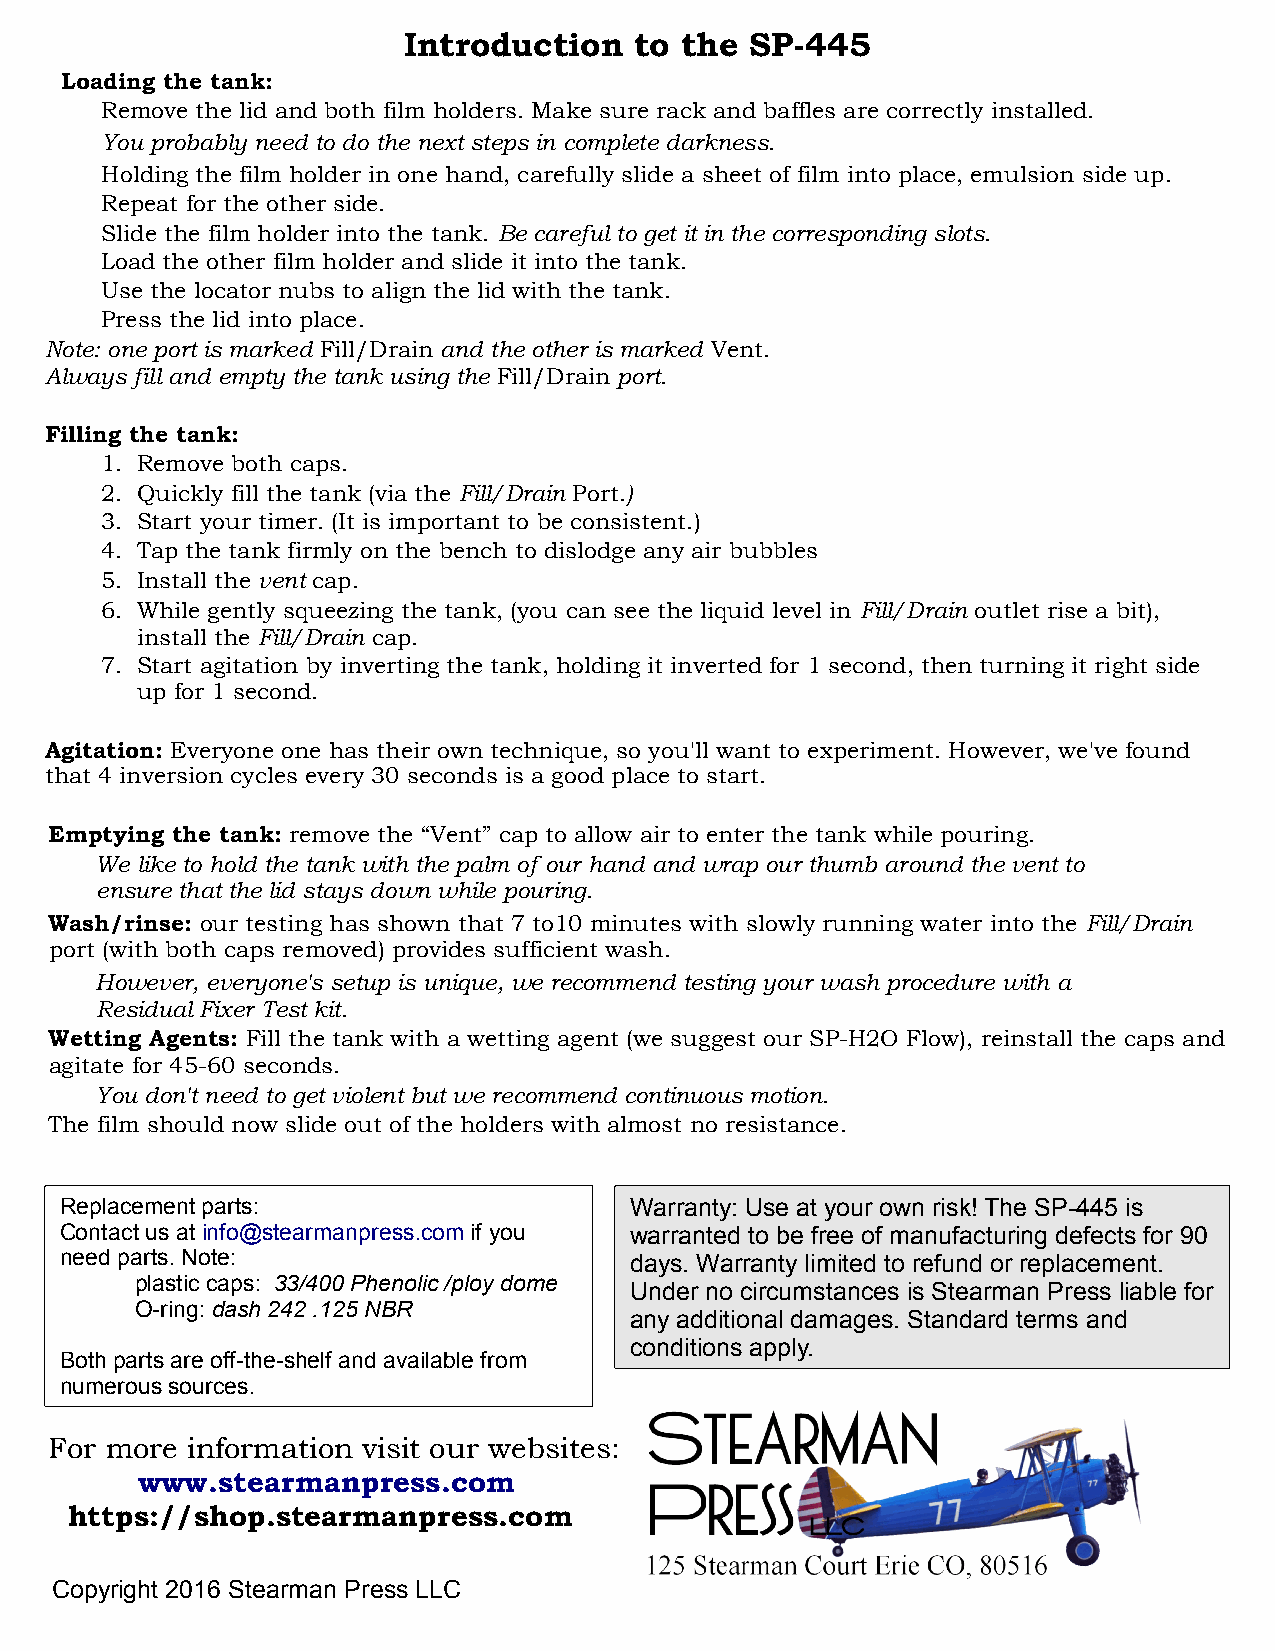
Introduction   to the  SP-445
 Loading the tank:
 Remove the lid and both film holders. Make sure rack and baffles are correctly installed.
 You probably need to do the next steps in complete darkness.
 Holding the film holder in one hand, carefully slide a sheet of film into place, emulsion side up.
 Repeat for the other side.
 Slide the film holder into the tank. Be careful to get it in the corresponding slots.
 Load the other film holder and slide it into the tank.
 Use the locator nubs to align the lid with the tank.
 Press the lid into place.
 Note: one port is marked Fill/Drain and the other is marked Vent.
 Always fill and empty the tank using the Fill/Drain port.
 Filling the tank:
 1. Remove both caps.
 2. Quickly fill the tank (via the Fill/Drain Port.)
 3. Start your timer. (It is important to be consistent.)
 4. Tap the tank firmly on the bench to dislodge any air bubbles
 5. Install the vent cap.
 6. While gently squeezing the tank, (you can see the liquid level in Fill/Drain outlet rise a bit),
 install the Fill/Drain cap.
 7. Start agitation by inverting the tank, holding it inverted for 1 second, then turning it right side
 up for 1 second.
 Agitation: Everyone one has their own technique, so you'll want to experiment. However, we've found
 that 4 inversion cycles every 30 seconds is a good place to start.
 Emptying the tank: remove the “Vent” cap to allow air to enter the tank while pouring.
 We like to hold the tank with the palm of our hand and wrap our thumb around the vent to
 ensure that the lid stays down while pouring.
 Wash/rinse: our testing has shown that 7 to10 minutes with slowly running water into the Fill/Drain
 port (with both caps removed) provides sufficient wash.
 However, everyone's setup is unique, we recommend testing your wash procedure with a
 Residual Fixer Test kit.
 Wetting Agents: Fill the tank with a wetting agent (we suggest our SP-H2O Flow), reinstall the caps and
 agitate for 45-60 seconds.
 You don't need to get violent but we recommend continuous motion.
 The film should now slide out of the holders with almost no resistance.
 Replacement parts:                    Warranty: Use at your own risk! The SP-445 is
 Contact us at info@stearmanpress.com if you warranted to be free of manufacturing defects for 90
 need parts. Note:                     days. Warranty limited to refund or replacement.
 plastic caps: 33/400 Phenolic /ploy dome
 Under no circumstances is Stearman Press liable for
 O-ring: dash 242 .125 NBR
 any additional damages. Standard terms and
 conditions apply.
 Both parts are off-the-shelf and available from
 numerous sources.
 For more information visit our websites:
 www.stearmanpress.com
 https://shop.stearmanpress.com
 Copyright 2016 Stearman Press LLC